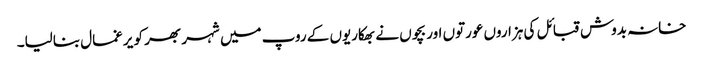
خانہ بدوش قبائل کی ہزاروں عورتوں اور بچوں نے بھکاریوں کے روپ میں شہر بھر کو یرغمال بنالیا۔